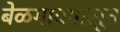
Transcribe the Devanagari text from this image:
बेळगावपासून